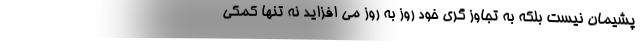
پشیمان نیست بلکه به تجاوز گری خود روز به روز می افزاید نه تنها کمکی